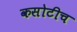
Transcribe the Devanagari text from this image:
कसोटीच